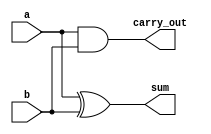
module half_adder(sum, carry_out, a, b);
input a, b;
output sum, carry_out;

xor sum_of_digits(sum, a, b);
and carry_of_sum(carry_out, a, b);

endmodule